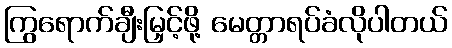
ကြွရောက်ချီးမြှင့်ဖို့ မေတ္တာရပ်ခံလိုပါတယ်